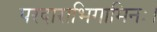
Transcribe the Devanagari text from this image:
परदाराभिगामिनः।